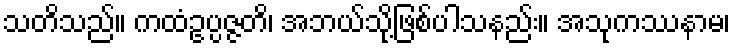
သတိသည်။ ကထံဥပ္ပဇ္ဇတိ၊ အဘယ်သို့ဖြစ်ပါသနည်း။ အသုကဿနာမ၊